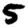
Digit: 5